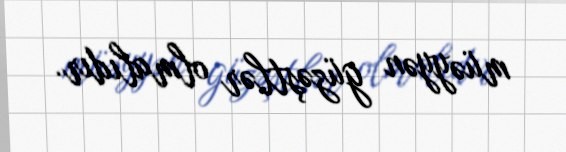
müəyyən güzəştlər olmalıdır.